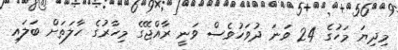
މިދިޔަ މަހުގެ 24 ވަނަ ދުވަހުވެސް ވަނީ ރާއްޖޭގެ މިހާރުގެ ހާލަތަށް ބަލައި